Annual report on the lock hospitals of the Madras Presidency
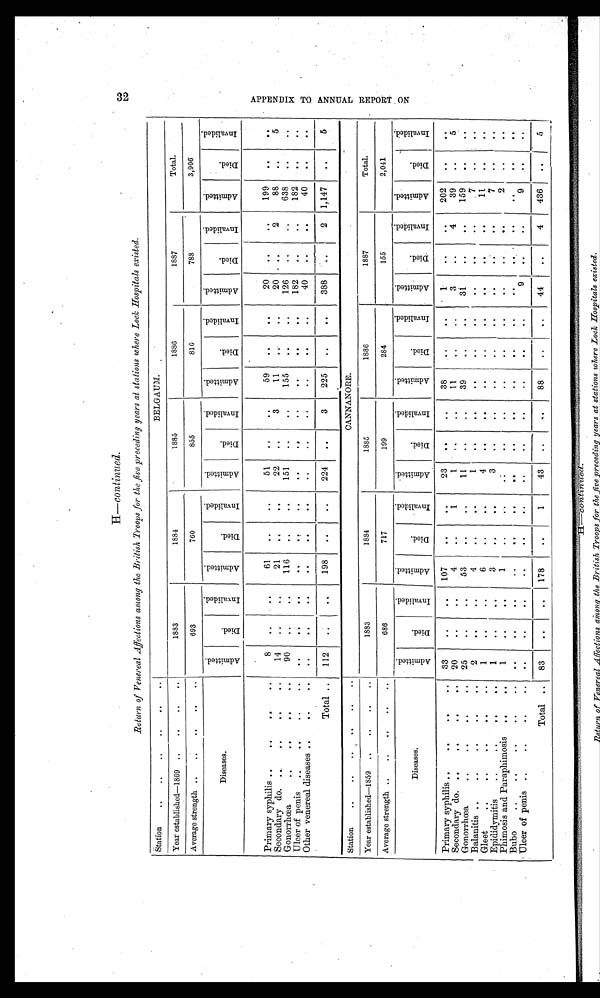
H —continued.
Return of Venereal Affections amou the British Troops for the five preceding years at stations where Lock Hospitals existed.
Station
..
...
.
. ..
BELGAUM.
Year established-1869 ..
..
..
..
1883
1884
1885
1886
1887
Total.
Average strength ..
..
..
..
. .
693
760
855
810
788
3, 906'
rd
Diseases .
A d m i t t e d .
D i e d .
I n v a l i d e d .
A d m i t t e d .
D i e d .
I n v a l i d e d .
A d m i t t e d .
D i e d .
I n v a l i d e d .
A d m i t t e d .
D i e d .
I n v a l i d e d .
A d m i t t e d .
D i e d .
I n v a l i d e d .
A d m i t t e d .
D i e d .
I n v a l i d e d .
Primary syphilis ..
II
a II
8
. .
..
61
. .
. .
51
. .
. .
59
. .
. .
20
. .
199
. .
. .
Secondary do. ...
..
..
14
"
. .
21
. .
. .
22
. .
3
11
..
20 _..
2
88
..
5
Gonorrhoea
.. .. .. ...
90
..
116
.
. .
151
..
..
155
. .
. .
126
. .
..
638
. .
..
Ulcer of penis ..
.. ...
. .
. .
. .
.
. .
. .
. .
..
. .
. .
. .
. .
182
. .
..
182
. .
..
Other venereal diseases ..
..
. .
. .
. .
. .
. .
. .
. .
. .
. .
40
. .
...—.
. .
40
. .
. .
Total ..
112
. .
. .
198
. .
. .
224
. .
3
225
..
. .
388
..
2 1,147
. .
5
Station
..
..
..
..
..
..
CANNANORE.
Yearestablished-1859 ..
..
..
..
1883
1884
1885
1886
1887
Total.
Average strength ..
..
.. .
.. ...
686
_
717
199
284
155
2,041
Diseases.
A d m i t t e d .
D i e d .
I n v a l i d e d .
A d m i t t e d .
D i e d .
I n v a l i d e d .
A d m i t t e d .
D i e d .
I n v a l i d e d .
A d m i t t e d .
D i e d .
I n v a l i d e d .
A d m i t t e d .
D i e d .
I n v a l i d e d .
A d m i t t e d .
D i e d .
I n v a l i d e d .
Primary syphilis ..
..
..
..
33
. .
. .
107
. .
..
23
. .
. .
38
. .
1
. .
..
4
202
39
. .
. .
Secondary do. ..
.. ,
20
..
. .
4
..
1
1
. .
11
39
..
..
3
31
. .
159
5
Gonorrhoea.. ..
25
. .
. .
53
. .
..
11
. .
. .
. .
. .
. .
. .
7
. .
..
Balanitis ..
..
..
..
..
2
. .
. .
4
. . .
..
1
. .
. .
. .
..
..
. .
. .
. .
. .
. . .
Gleet
.
.. .. .
..
1
..
. .
6
3
..
. .
4
3
..
. .
. .
. .
..
. .
. .
. .
it
7
. .
..
Epididymitis
.
.
..
1
1
..
..
1
.
. .
..
..
. .
. .
. .
. .
. .
. .
2
. .
. .
Phimosis and Paraphimosis
..
.
..
. .
. .
.
. .
..
..
. .
. .
..
..
..
a
..
. .
Bubo
..
..
..
. .
. .
. .
. .
. .
. .
. .
. .
. .
. .
. .
. .
. . 9
. .
. .
..
Ulcer of penis ..
..
..
..
..
. .
. .
. .
. .
. .
. .
..
. .
. .
. .
. .
. .
Total ..
83
..
. . .
178
..
1
43
. .
88
..
. .
44
..
4
436
.
5
___
3 2 A P P E N D I X T O A N N U A L R E P O R T O N